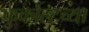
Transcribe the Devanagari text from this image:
फुकोल्टच्या